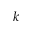
k